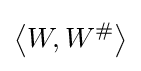
\left\langle W,W^{\#}\right\rangle